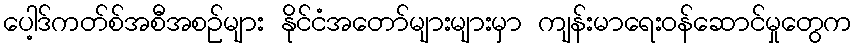
ပေါ့ဒ်ကတ်စ်အစီအစဉ်များ နိုင်ငံအတော်များများမှာ ကျန်းမာရေးဝန်ဆောင်မှုတွေက